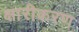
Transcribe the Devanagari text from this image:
क्षारीकरण